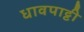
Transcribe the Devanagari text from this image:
धावपाट्टी